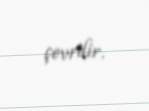
çevrilir.